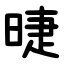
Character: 㫸